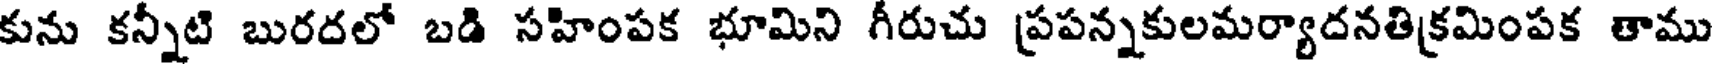
కును కన్నీటి బురదలో బడి సహింపక భూమిని గీరుచు ప్రపన్నకులమర్యాదనతిక్రమింపక తాము